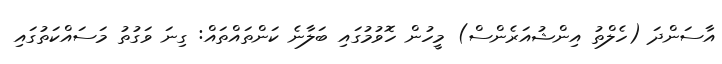
އާސަންދަ (ހެލްތު އިންޝުއަރެންސް) މީހުން ހޮވުމުގައި ބަލާނެ ކަންތައްތައް: ގިނަ ވަގުތު މަސައްކަތުގައި